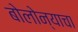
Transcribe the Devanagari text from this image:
बोलोन्याचा